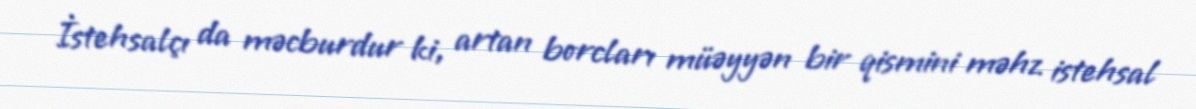
İstehsalçı da məcburdur ki, artan borcları müəyyən bir qismini məhz istehsal